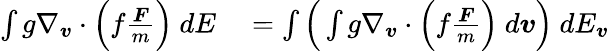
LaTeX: \begin{array}{rl}{\int g\nabla_{\boldsymbol{v}}\cdot\Big(f\frac{\boldsymbol{F}}{m}\Big)\ dE}&{{}=\int\Big(\int g\nabla_{\boldsymbol{v}}\cdot\Big(f\frac{\boldsymbol{F}}{m}\Big)\ d\boldsymbol{v}\Big)\ dE_{\boldsymbol{v}}}\end{array}